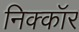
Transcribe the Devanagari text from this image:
निक्कॉर